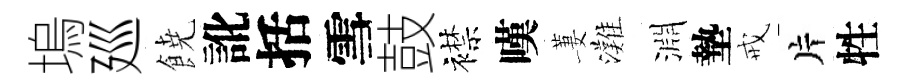
塢廵𩜙訛括雪鼓襟嘆萋灘淵墊戒片牲